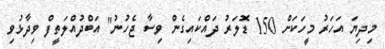
މިދިޔަ އަހަރު މީހަކަށް 150 ޑޮލަރު ދައްކައިގެން ވިސާ ޖެހުނު" އަބްދުއްލަތީފް ވިދާޅުވި